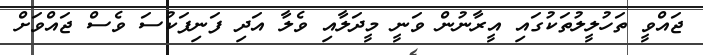
ޖައްވީ ތަހުލީލުތަކުގައި އީރާނުން ވަނީ މީދަލާއި ވެލާ އަދި ފަނިފަކުސަ ވެސް ޖައްވަށް